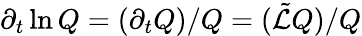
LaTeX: \partial_{t}\ln Q=(\partial_{t}Q)/Q=(\tilde{\mathcal{L}}Q)/Q